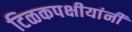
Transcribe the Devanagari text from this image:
टिळकपक्षीयांनी